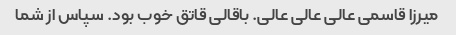
میرزا قاسمی عالی عالی عالی. باقالی قاتق خوب بود. سپاس از شما